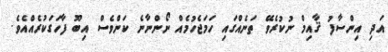
އަދި އިންސާފު ޤާއިމް ނުކުރެވޭ ތަނެއްގައި ހަމަޖެހުމެއް ނޯންނާނެ ކަންވެސް އިބޫ ފާހަގަކުރެއްއެވެ.